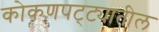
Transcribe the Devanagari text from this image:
कोकणपट्ट्यातील